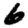
Digit: 6